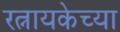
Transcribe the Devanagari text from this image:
रत्नायकेच्या